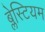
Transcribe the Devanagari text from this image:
ब्लेस्टियम